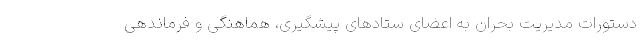
دستورات مدیریت بحران به اعضای ستادهای پیشگیری، هماهنگی و فرماندهی